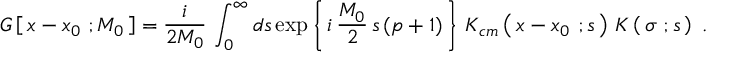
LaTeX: G \left[ \, x - x _ { 0 } \ ; M _ { 0 } \, \right] = { \frac { i } { 2 M _ { 0 } } } \, \int _ { 0 } ^ { \infty } d s \exp \left\{ \, i \, { \frac { M _ { 0 } } { 2 } } \, s \, ( p + 1 ) \, \right\} \, K _ { c m } \left( \, x - x _ { 0 } \ ; s \, \right) \, K \left( \, \sigma \ ; s \, \right) \ .